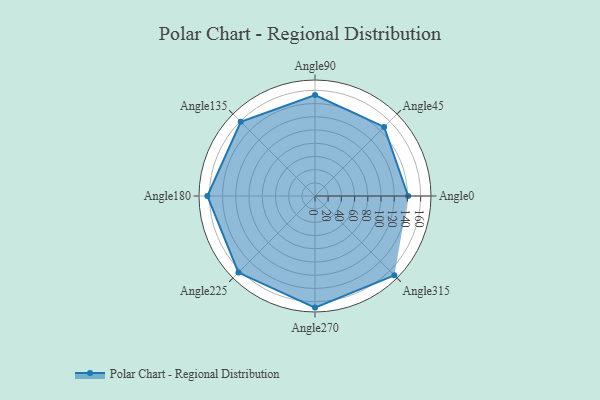
{"axis": {"x": "Angle", "y": "Radius"}, "legend": [""], "data": [{"x": "Angle0", "y": 141.0, "type": ""}, {"x": "Angle45", "y": 148.0, "type": ""}, {"x": "Angle90", "y": 153.0, "type": ""}, {"x": "Angle135", "y": 159.0, "type": ""}, {"x": "Angle180", "y": 163.0, "type": ""}, {"x": "Angle225", "y": 164.0, "type": ""}, {"x": "Angle270", "y": 169.0, "type": ""}, {"x": "Angle315", "y": 170, "type": ""}]}